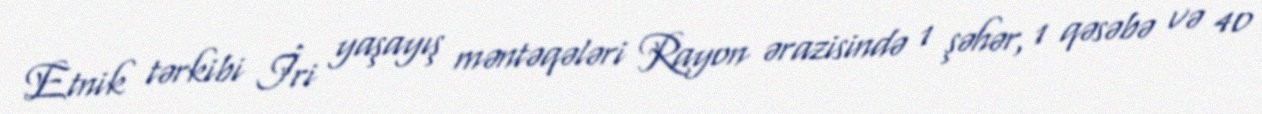
Etnik tərkibi İri yaşayış məntəqələri Rayon ərazisində 1 şəhər, 1 qəsəbə və 40